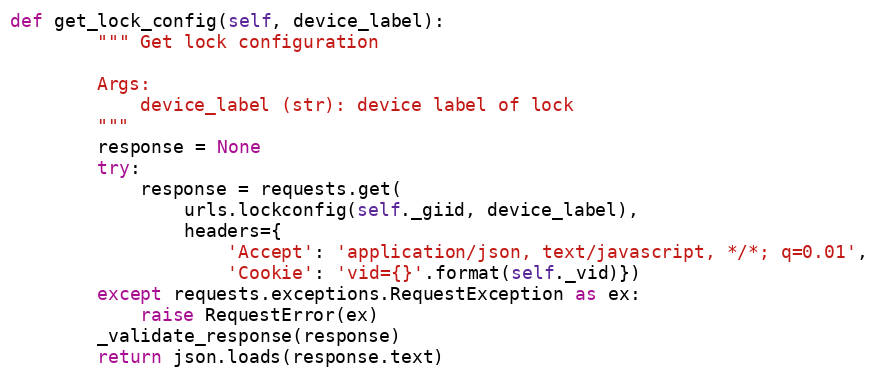
Language: Python
def get_lock_config(self, device_label):
        """ Get lock configuration

        Args:
            device_label (str): device label of lock
        """
        response = None
        try:
            response = requests.get(
                urls.lockconfig(self._giid, device_label),
                headers={
                    'Accept': 'application/json, text/javascript, */*; q=0.01',
                    'Cookie': 'vid={}'.format(self._vid)})
        except requests.exceptions.RequestException as ex:
            raise RequestError(ex)
        _validate_response(response)
        return json.loads(response.text)